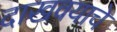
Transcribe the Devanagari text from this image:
दाखवयाचे